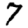
Digit: 7